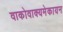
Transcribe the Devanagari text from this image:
वाकोवाक्यमेकायन